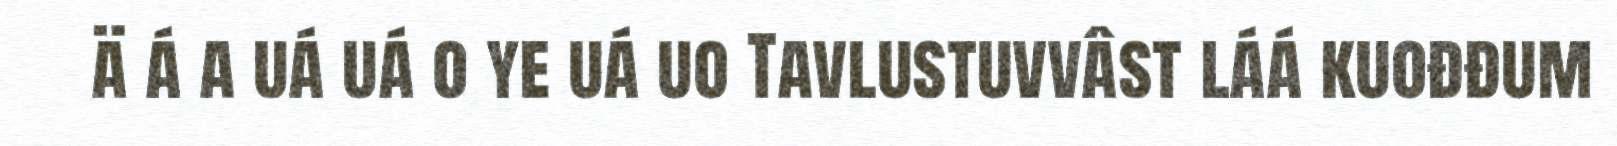
ä á a uá uá o ye uá uo Tavlustuvvâst láá kuođđum